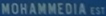
MOHAMMEDIA EST